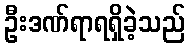
ဦးဒဏ်ရာရရှိခဲ့သည်